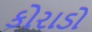
કોરાડો